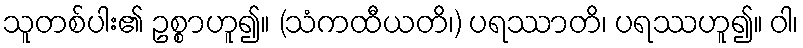
သူတစ်ပါး၏ ဥစ္စာဟူ၍။ (သံကထီယတိ၊) ပရဿာတိ၊ ပရဿဟူ၍။ ဝါ၊